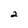
Character: 2